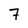
Character: 7